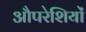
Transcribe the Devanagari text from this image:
औपरेशियों